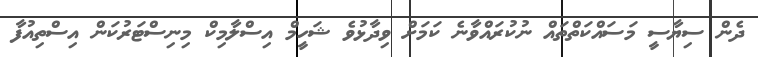
ދެން ސިޔާސީ މަސައްކަތްތައް ނުކުރައްވާނެ ކަމަށް ވިދާޅުވެ ޝަހީމް އިސްލާމިކް މިނިސްޓަރުކަން އިސްތިއުފާ